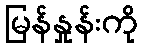
မြန်နှုန်းကို